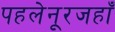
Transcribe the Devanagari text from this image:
पहलेनूरजहाँ